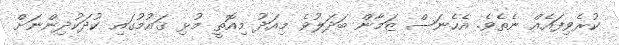
ކުރެވިފައެއް ނެތެވެ. އެހެނަސް ޒަމާން ބަދަލުވެ މިއަދު މިއޮތީ މުޅި ޤައުމުގައި ކުދަކުދިންނަށް